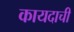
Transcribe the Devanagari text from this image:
कायदाची